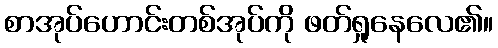
စာအုပ်ဟောင်းတစ်အုပ်ကို ဖတ်ရှုနေလေ၏။